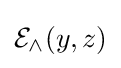
{\mathcal {E}}_{\land }(y,z)